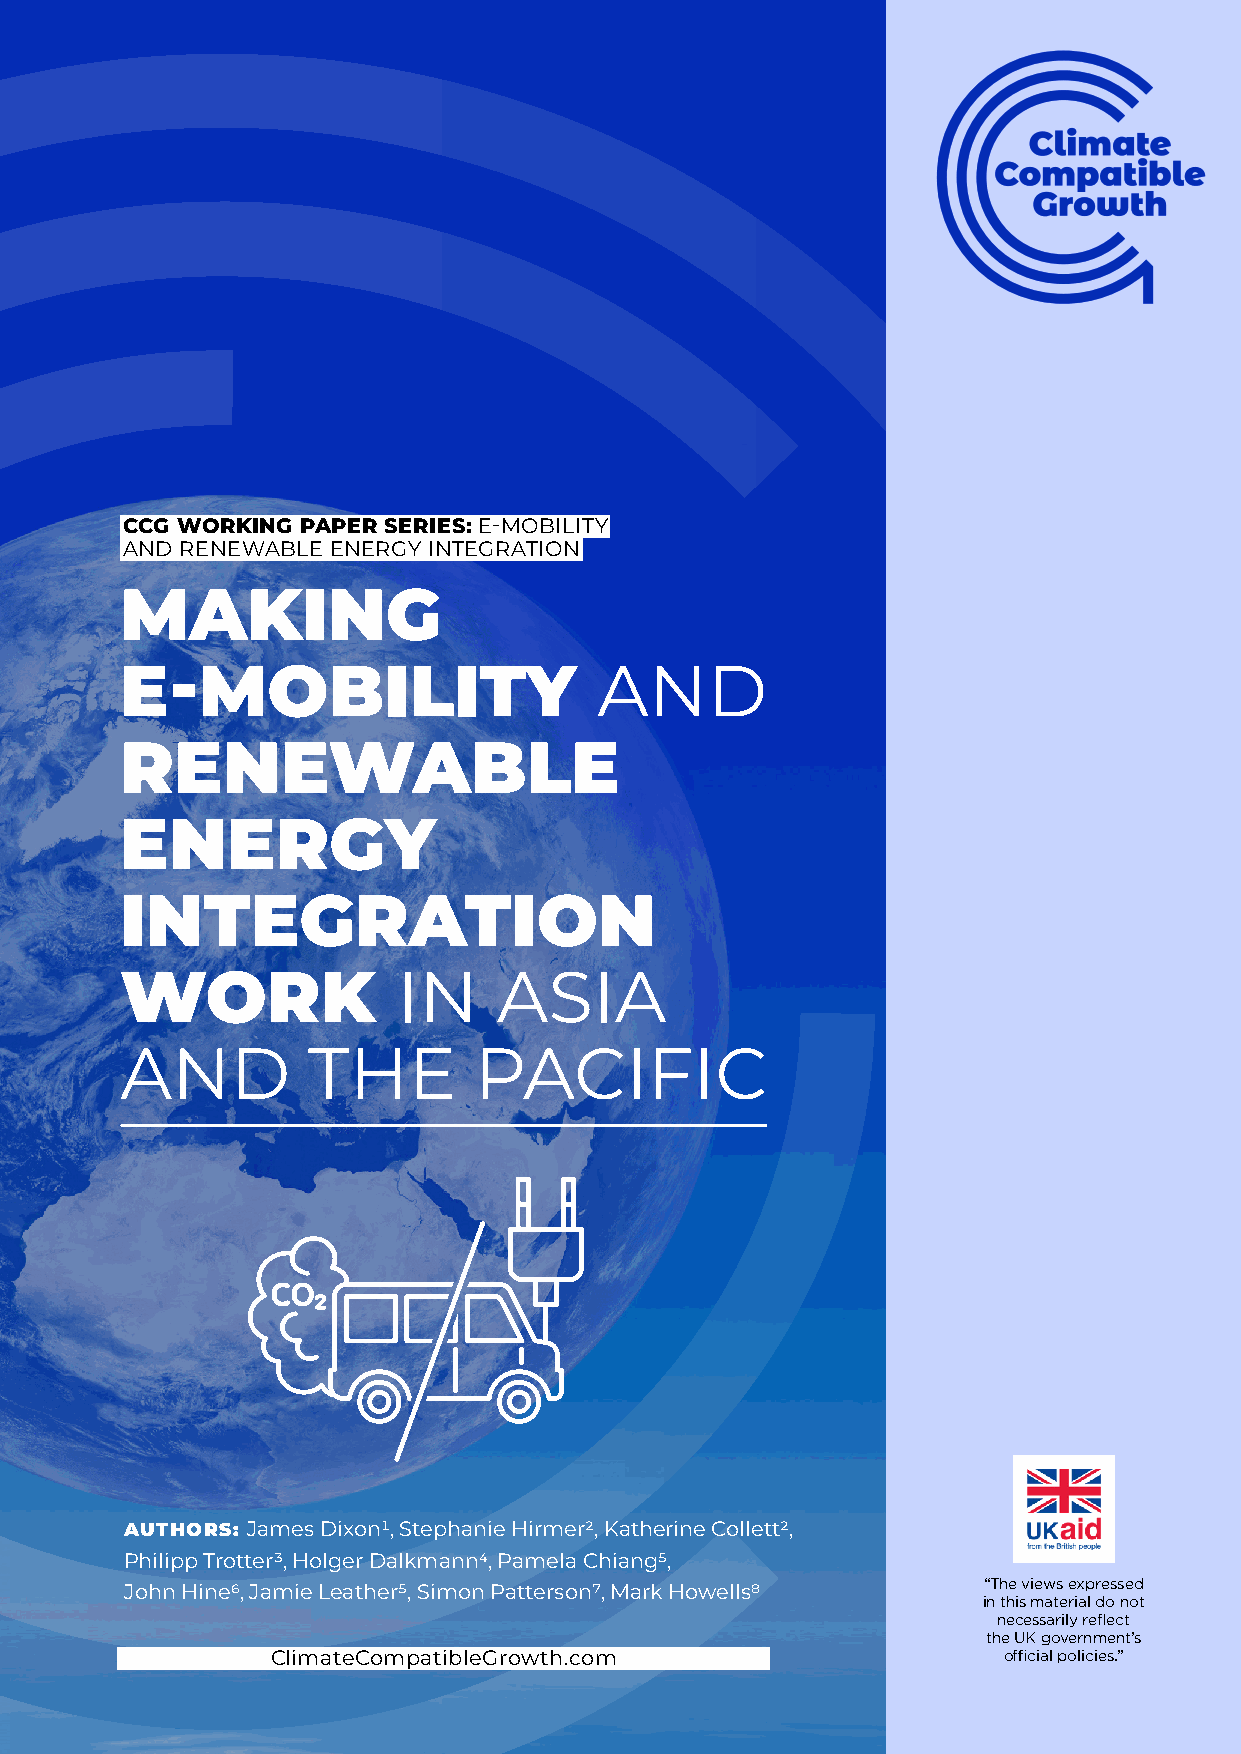
CCG WORKING PAPER SERIES: E-MOBILITY
 AND RENEWABLE ENERGY INTEGRATION
 MAKING
 E-MOBILITY                      AND
 RENEWABLE
 ENERGY
 INTEGRATION
 WORK              IN     ASIA
 AND         THE        PACIFIC
 CO
 ²
 AUTHORS: James Dixon1, Stephanie Hirmer2, Katherine Collett2,
 Philipp Trotter3, Holger Dalkmann4, Pamela Chiang5,
 John Hine6, Jamie Leather5, Simon Patterson7, Mark Howells8 “The views expressed
 in this material do not
 necessarily reflect
 the UK government’s
 ClimateCompatibleGrowth.com                     official policies.”